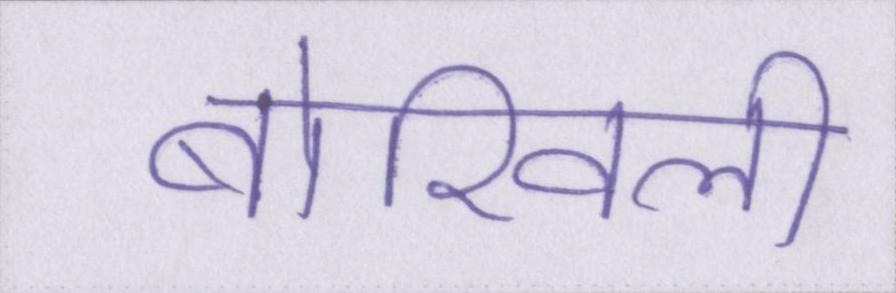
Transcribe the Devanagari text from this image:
बोरिवली